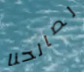
لصالحنا